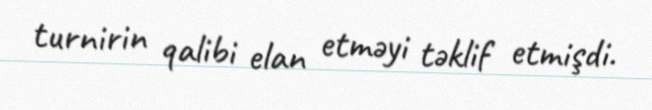
turnirin qalibi elan etməyi təklif etmişdi.